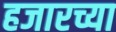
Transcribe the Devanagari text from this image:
हजारच्या